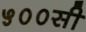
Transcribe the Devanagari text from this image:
५००सी